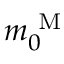
{ m } _ { 0 } ^ { \mathrm { ~ M ~ } }